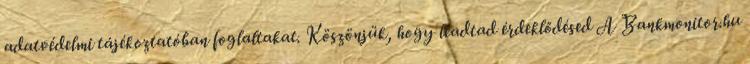
adatvédelmi tájékoztatóban foglaltakat. Köszönjük, hogy leadtad érdeklődésed A Bankmonitor.hu